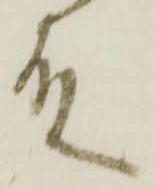
殿